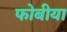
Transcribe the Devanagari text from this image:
फोबीया